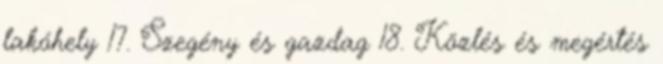
lakóhely 17. Szegény és gazdag 18. Közlés és megértés